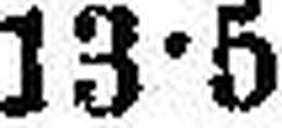
13•5